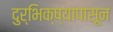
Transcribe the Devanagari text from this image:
दुर्भिक्ष्यापासून